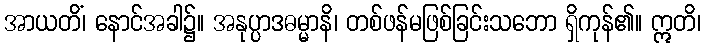
အာယတိံ၊ နောင်အခါ၌။ အနုပ္ပာဒဓမ္မာနိ၊ တစ်ဖန်မဖြစ်ခြင်းသဘော ရှိကုန်၏။ ဣတိ၊